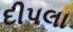
દીપલા